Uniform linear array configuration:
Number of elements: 24
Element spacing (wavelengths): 0.5
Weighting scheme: kaiser
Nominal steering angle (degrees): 30
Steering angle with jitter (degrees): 31.106
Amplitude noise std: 0.05
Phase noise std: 0.05

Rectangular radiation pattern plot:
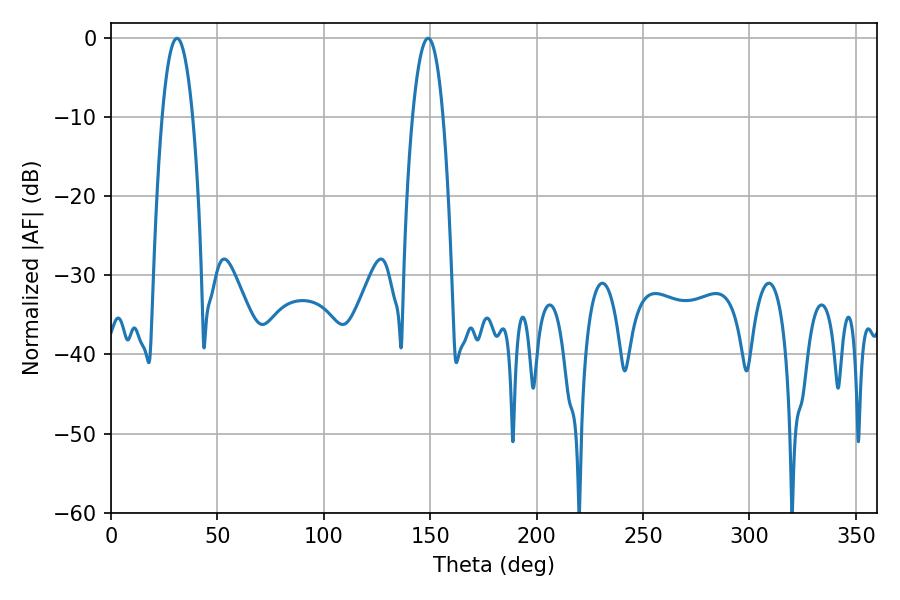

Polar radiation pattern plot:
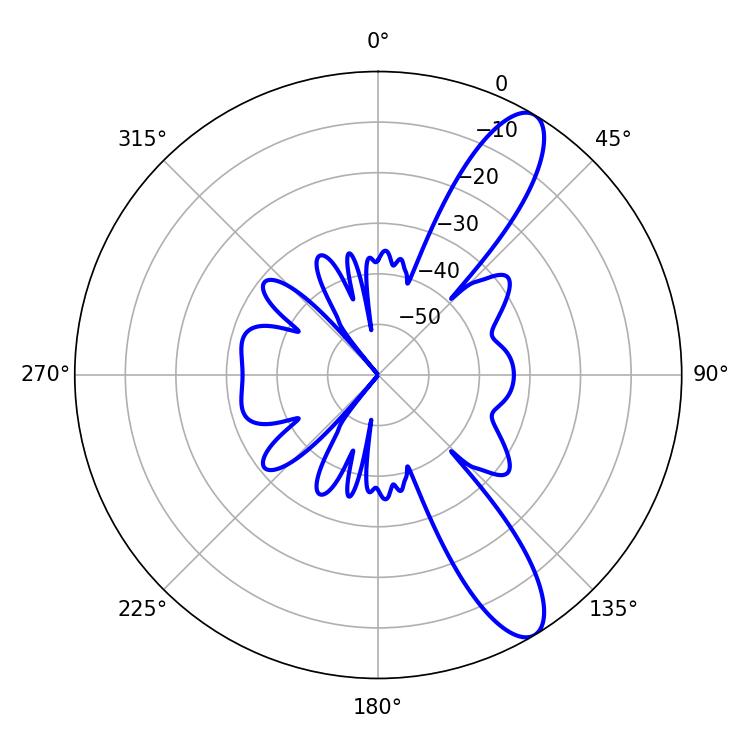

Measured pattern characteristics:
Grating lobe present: FALSE
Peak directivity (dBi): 11.149
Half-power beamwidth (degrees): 7.92
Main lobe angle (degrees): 30.96